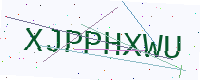
Text: XJPPHXWU